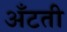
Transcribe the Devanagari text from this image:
अँटती